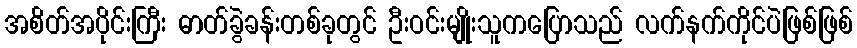
အစိတ်အပိုင်းကြီး ဓာတ်ခွဲခန်းတစ်ခုတွင် ဦးဝင်းမျိုးသူကပြောသည် လက်နက်ကိုင်ပဲဖြစ်ဖြစ်